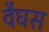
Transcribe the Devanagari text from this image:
वैघस